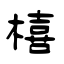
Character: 橲